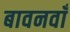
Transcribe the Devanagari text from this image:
बावनवाँ